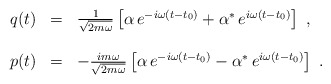
\begin{align*}\begin{array}{r c l}q(t)&=&\frac{1}{\sqrt{2m\omega}}\left[\alpha\,e^{-i\omega(t-t_0)}+\alpha^*\,e^{i\omega(t-t_0)}\right]\ ,\\ & & \\p(t)&=&-\frac{im\omega}{\sqrt{2m\omega}}\left[\alpha\,e^{-i\omega(t-t_0)}-\alpha^*\,e^{i\omega(t-t_0)}\right]\ .\end{array}\end{align*}